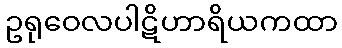
ဥရုဝေလပါဋိဟာရိယကထာ